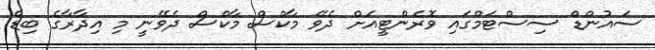
ސައުންޑް ސިސްޓަމްގައި ވޮރެންޓީއަށް ދެވޭ މާކްސް މާކްސް ދެވޭނީ މި އިދާރާގެ ބިޑް